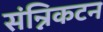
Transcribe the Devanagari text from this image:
संन्निकटन